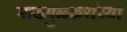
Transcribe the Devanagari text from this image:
माडगुळ्करांच्या